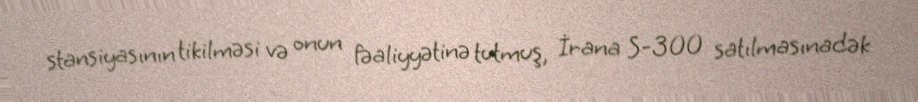
stansiyasının tikilməsi və onun fəaliyyətinə tutmuş, İrana S-300 satılmasınadək